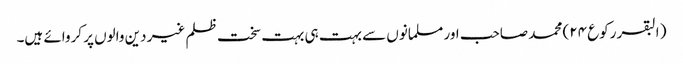
( البقر رکوع ۲۴) محمد صاحب اور مسلمانوں سے بہت ہی بہت سخت ظلم غیر دین والوں پر کروائے ہیں۔